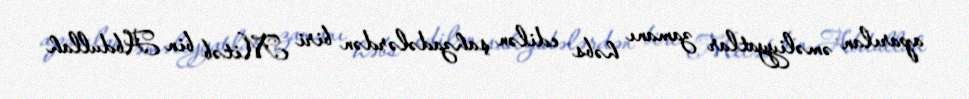
aparılan əməliyyatlar zamanı həbs edilən şahzadələrdən biri Mitəb bin Abdullah